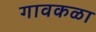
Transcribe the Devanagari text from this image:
गावकळा